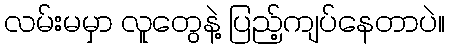
လမ်းမမှာ လူတွေနဲ့ ပြည့်ကျပ်နေတာပဲ။